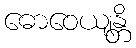
ဓောဝေယျန္တိ